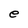
Character: e